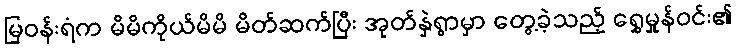
မြဝန်းရံက မိမိကိုယ်မိမိ မိတ်ဆက်ပြီး အုတ်နှဲရွာမှာ တွေ့ခဲ့သည့် ရွှေမှုန်ဝင်း၏